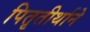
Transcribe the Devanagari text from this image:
पितृतीर्थाने